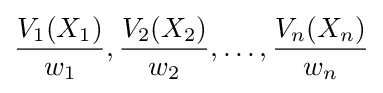
{V_{1}(X_{1}) \over w_{1}},{V_{2}(X_{2}) \over w_{2}},\dots ,{V_{n}(X_{n}) \over w_{n}}